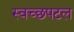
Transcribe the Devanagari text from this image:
स्वच्छपटल